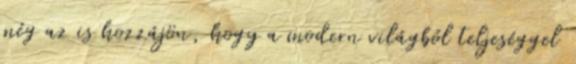
még az is hozzájön, hogy a modern világból teljeséggel